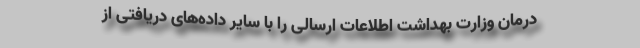
درمان وزارت بهداشت اطلاعات ارسالی را با سایر داده‌های دریافتی از